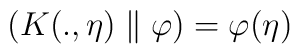
\left( K(.,\eta )\parallel \varphi \right) =\varphi (\eta )